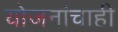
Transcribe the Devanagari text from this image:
योजनांचाही